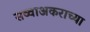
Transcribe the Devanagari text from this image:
सव्वाअकराच्या